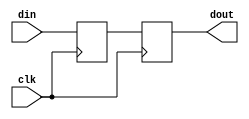
module sync(
	input wire clk,
	input wire din,
	output wire dout
);

	(* shreg_extract = "no", ASYNC_REG = "TRUE" *) reg d0, d1;
	
	always @(posedge clk) begin
		d0 <= din;
		d1 <= d0;
	end
	
	assign dout = d1;
	initial begin
		d0 <= 0;
		d1 <= 0;
	end

endmodule